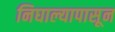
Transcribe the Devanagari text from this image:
निघाल्यापासून